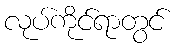
လုပ်ကိုင်ရာတွင်